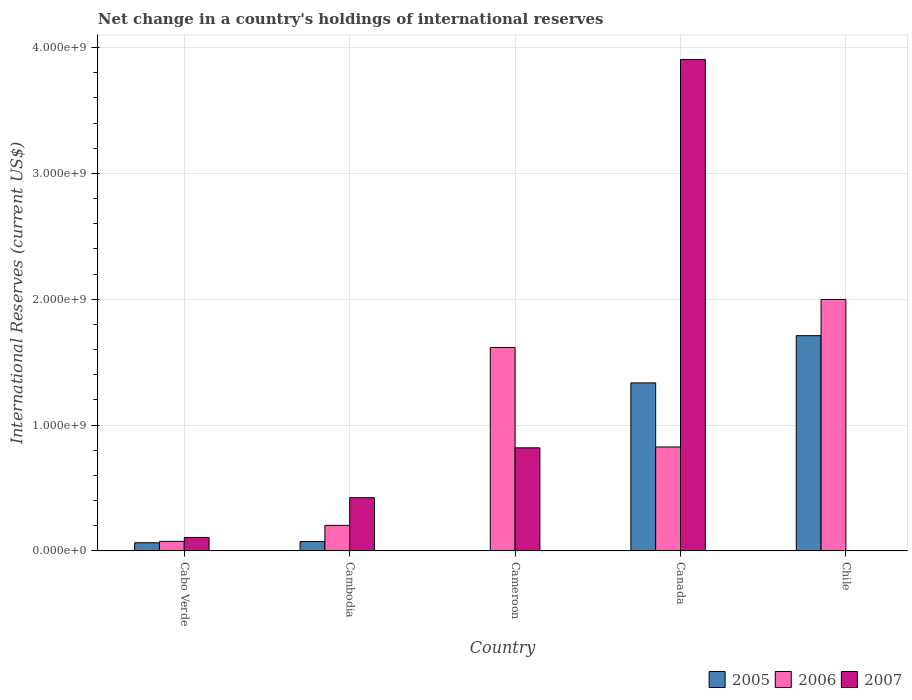
| Country | 2005 | 2006 | 2007 |
 | --- | --- | --- | --- |
 | Cabo Verde | 6.49e+07 | 7.6e+07 | 1.07e+08 |
 | Cambodia | 7.45e+07 | 2.03e+08 | 4.23e+08 |
 | Cameroon | -3.97e+08 | 1.62e+09 | 8.19e+08 |
 | Canada | 1.34e+09 | 8.26e+08 | 3.91e+09 |
 | Chile | 1.71e+09 | 2e+09 | -3.21e+09 |